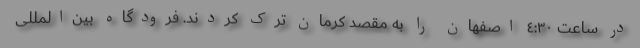
در ساعت ٤:٣٠ اصفهان را به مقصد کرمان ترک کردند. فرودگاه بین‌المللی